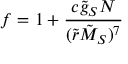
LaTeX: f = 1 + { \frac { c \tilde { g } _ { S } N } { ( \tilde { r } \tilde { M } _ { S } ) ^ { 7 } } }